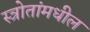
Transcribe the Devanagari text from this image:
स्त्रोतांमधील